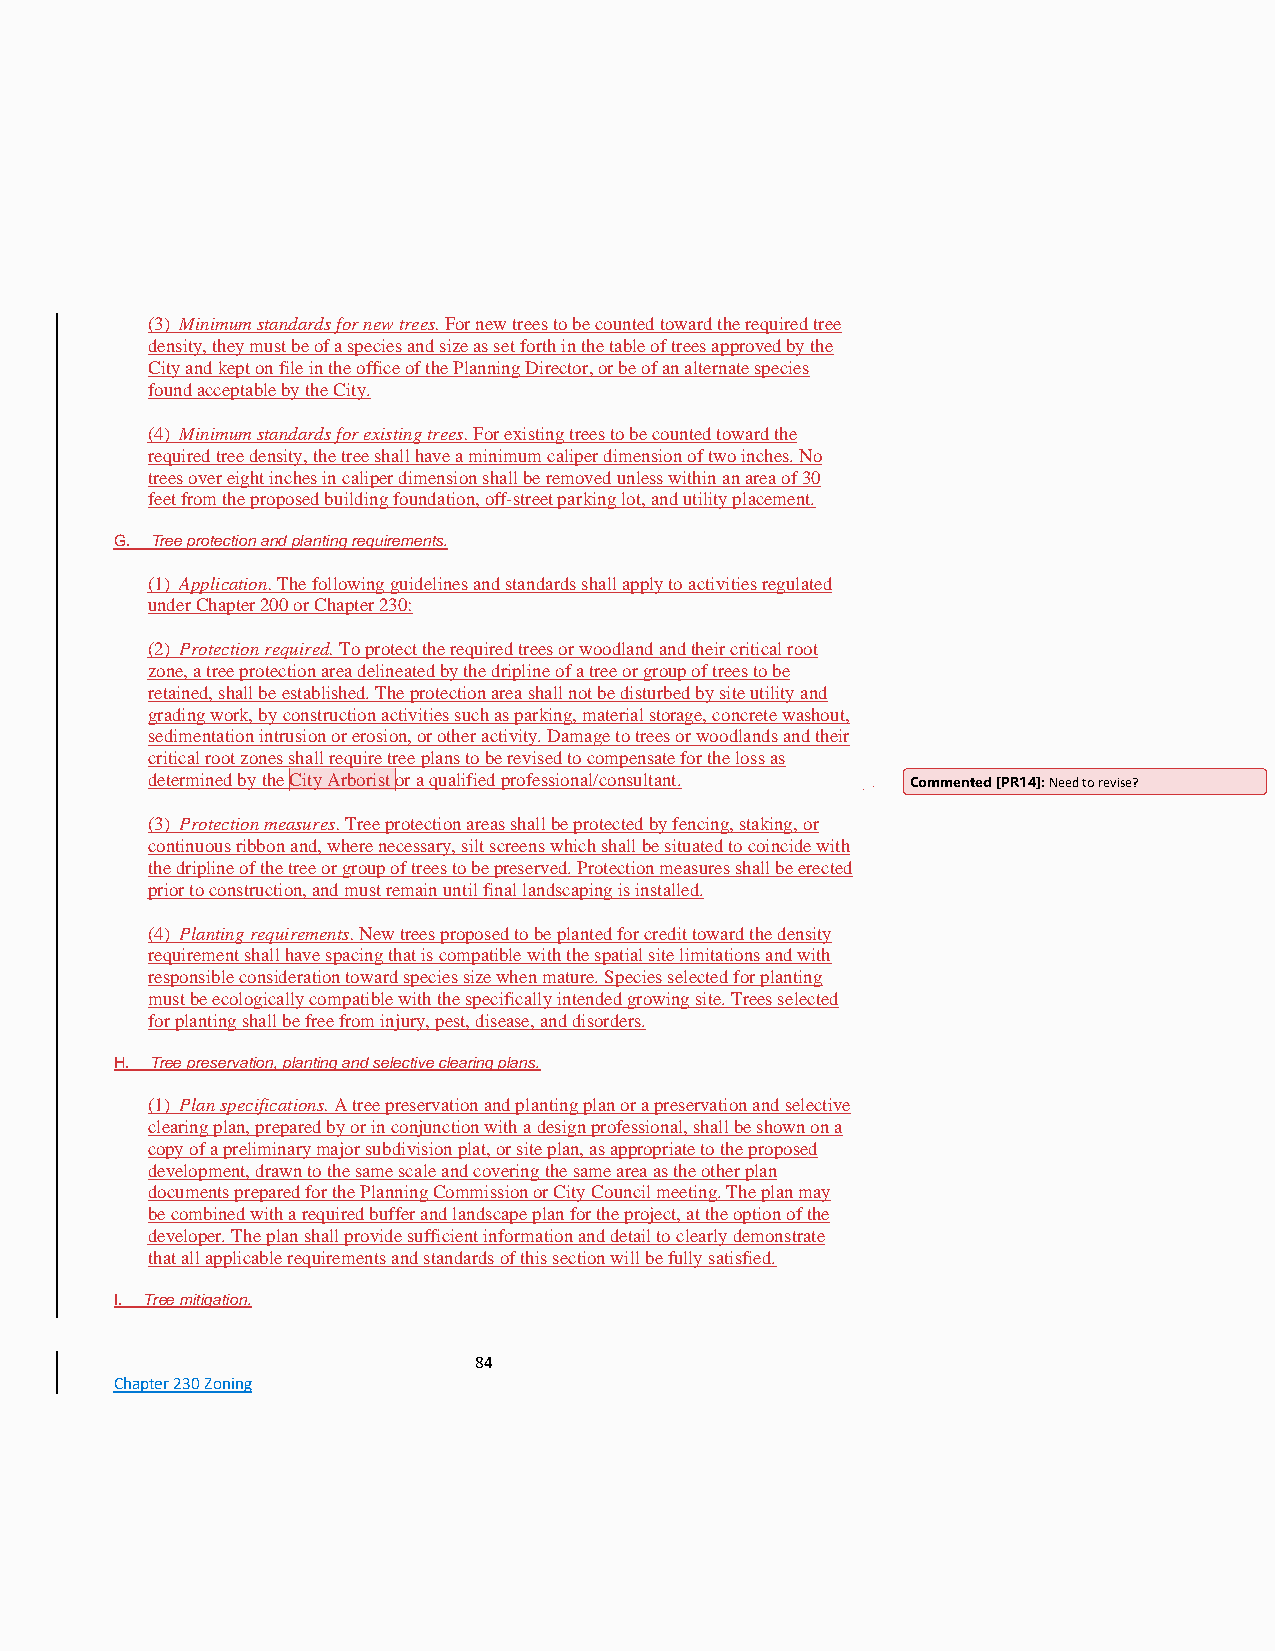
(3) Minimum standards for new trees. For new trees to be counted toward the required tree
 density, they must be of a species and size as set forth in the table of trees approved by the
 City and kept on file in the office of the Planning Director, or be of an alternate species
 found acceptable by the City.
 (4) Minimum standards for existing trees. For existing trees to be counted toward the
 required tree density, the tree shall have a minimum caliper dimension of two inches. No
 trees over eight inches in caliper dimension shall be removed unless within an area of 30
 feet from the proposed building foundation, off-street parking lot, and utility placement.
 G. Tree protection and planting requirements.
 (1) Application. The following guidelines and standards shall apply to activities regulated
 under Chapter 200 or Chapter 230:
 (2) Protection required. To protect the required trees or woodland and their critical root
 zone, a tree protection area delineated by the dripline of a tree or group of trees to be
 retained, shall be established. The protection area shall not be disturbed by site utility and
 grading work, by construction activities such as parking, material storage, concrete washout,
 sedimentation intrusion or erosion, or other activity. Damage to trees or woodlands and their
 critical root zones shall require tree plans to be revised to compensate for the loss as
 determined by the City Arborist or a qualified professional/consultant. Commented [PR14]: Need to revise?
 (3) Protection measures. Tree protection areas shall be protected by fencing, staking, or
 continuous ribbon and, where necessary, silt screens which shall be situated to coincide with
 the dripline of the tree or group of trees to be preserved. Protection measures shall be erected
 prior to construction, and must remain until final landscaping is installed.
 (4) Planting requirements. New trees proposed to be planted for credit toward the density
 requirement shall have spacing that is compatible with the spatial site limitations and with
 responsible consideration toward species size when mature. Species selected for planting
 must be ecologically compatible with the specifically intended growing site. Trees selected
 for planting shall be free from injury, pest, disease, and disorders.
 H. Tree preservation, planting and selective clearing plans.
 (1) Plan specifications. A tree preservation and planting plan or a preservation and selective
 clearing plan, prepared by or in conjunction with a design professional, shall be shown on a
 copy of a preliminary major subdivision plat, or site plan, as appropriate to the proposed
 development, drawn to the same scale and covering the same area as the other plan
 documents prepared for the Planning Commission or City Council meeting. The plan may
 be combined with a required buffer and landscape plan for the project, at the option of the
 developer. The plan shall provide sufficient information and detail to clearly demonstrate
 that all applicable requirements and standards of this section will be fully satisfied.
 I. Tree mitigation.
 84
 Chapter 230 Zoning